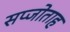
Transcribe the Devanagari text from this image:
सप्जोताह